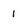
Character: 1